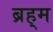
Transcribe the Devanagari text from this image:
ब्रह्‌म